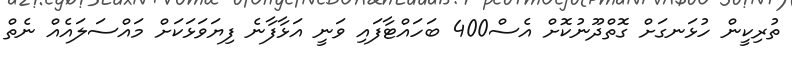
ތުރިކީން ހުޅަނގަށް ގޮތްދޫނުކޮށް އެސް400 ބަހައްޓާފައި ވަނީ އަޅާފާނެ ފިޔަވަޅަކަށް މައްސަލައެއް ނެތް